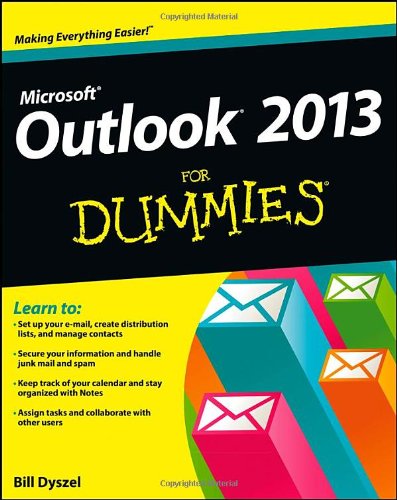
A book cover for Outlook 2013 For Dummies; Bill Dyszel; Computers & Technology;